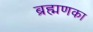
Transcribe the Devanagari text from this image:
ब्रह्मणका